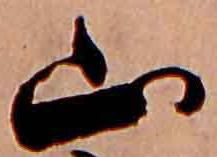
山